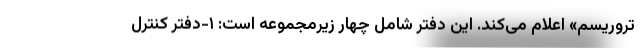
تروریسم» اعلام می‌کند. این دفتر شامل چهار زیرمجموعه است: ۱-دفتر کنترل